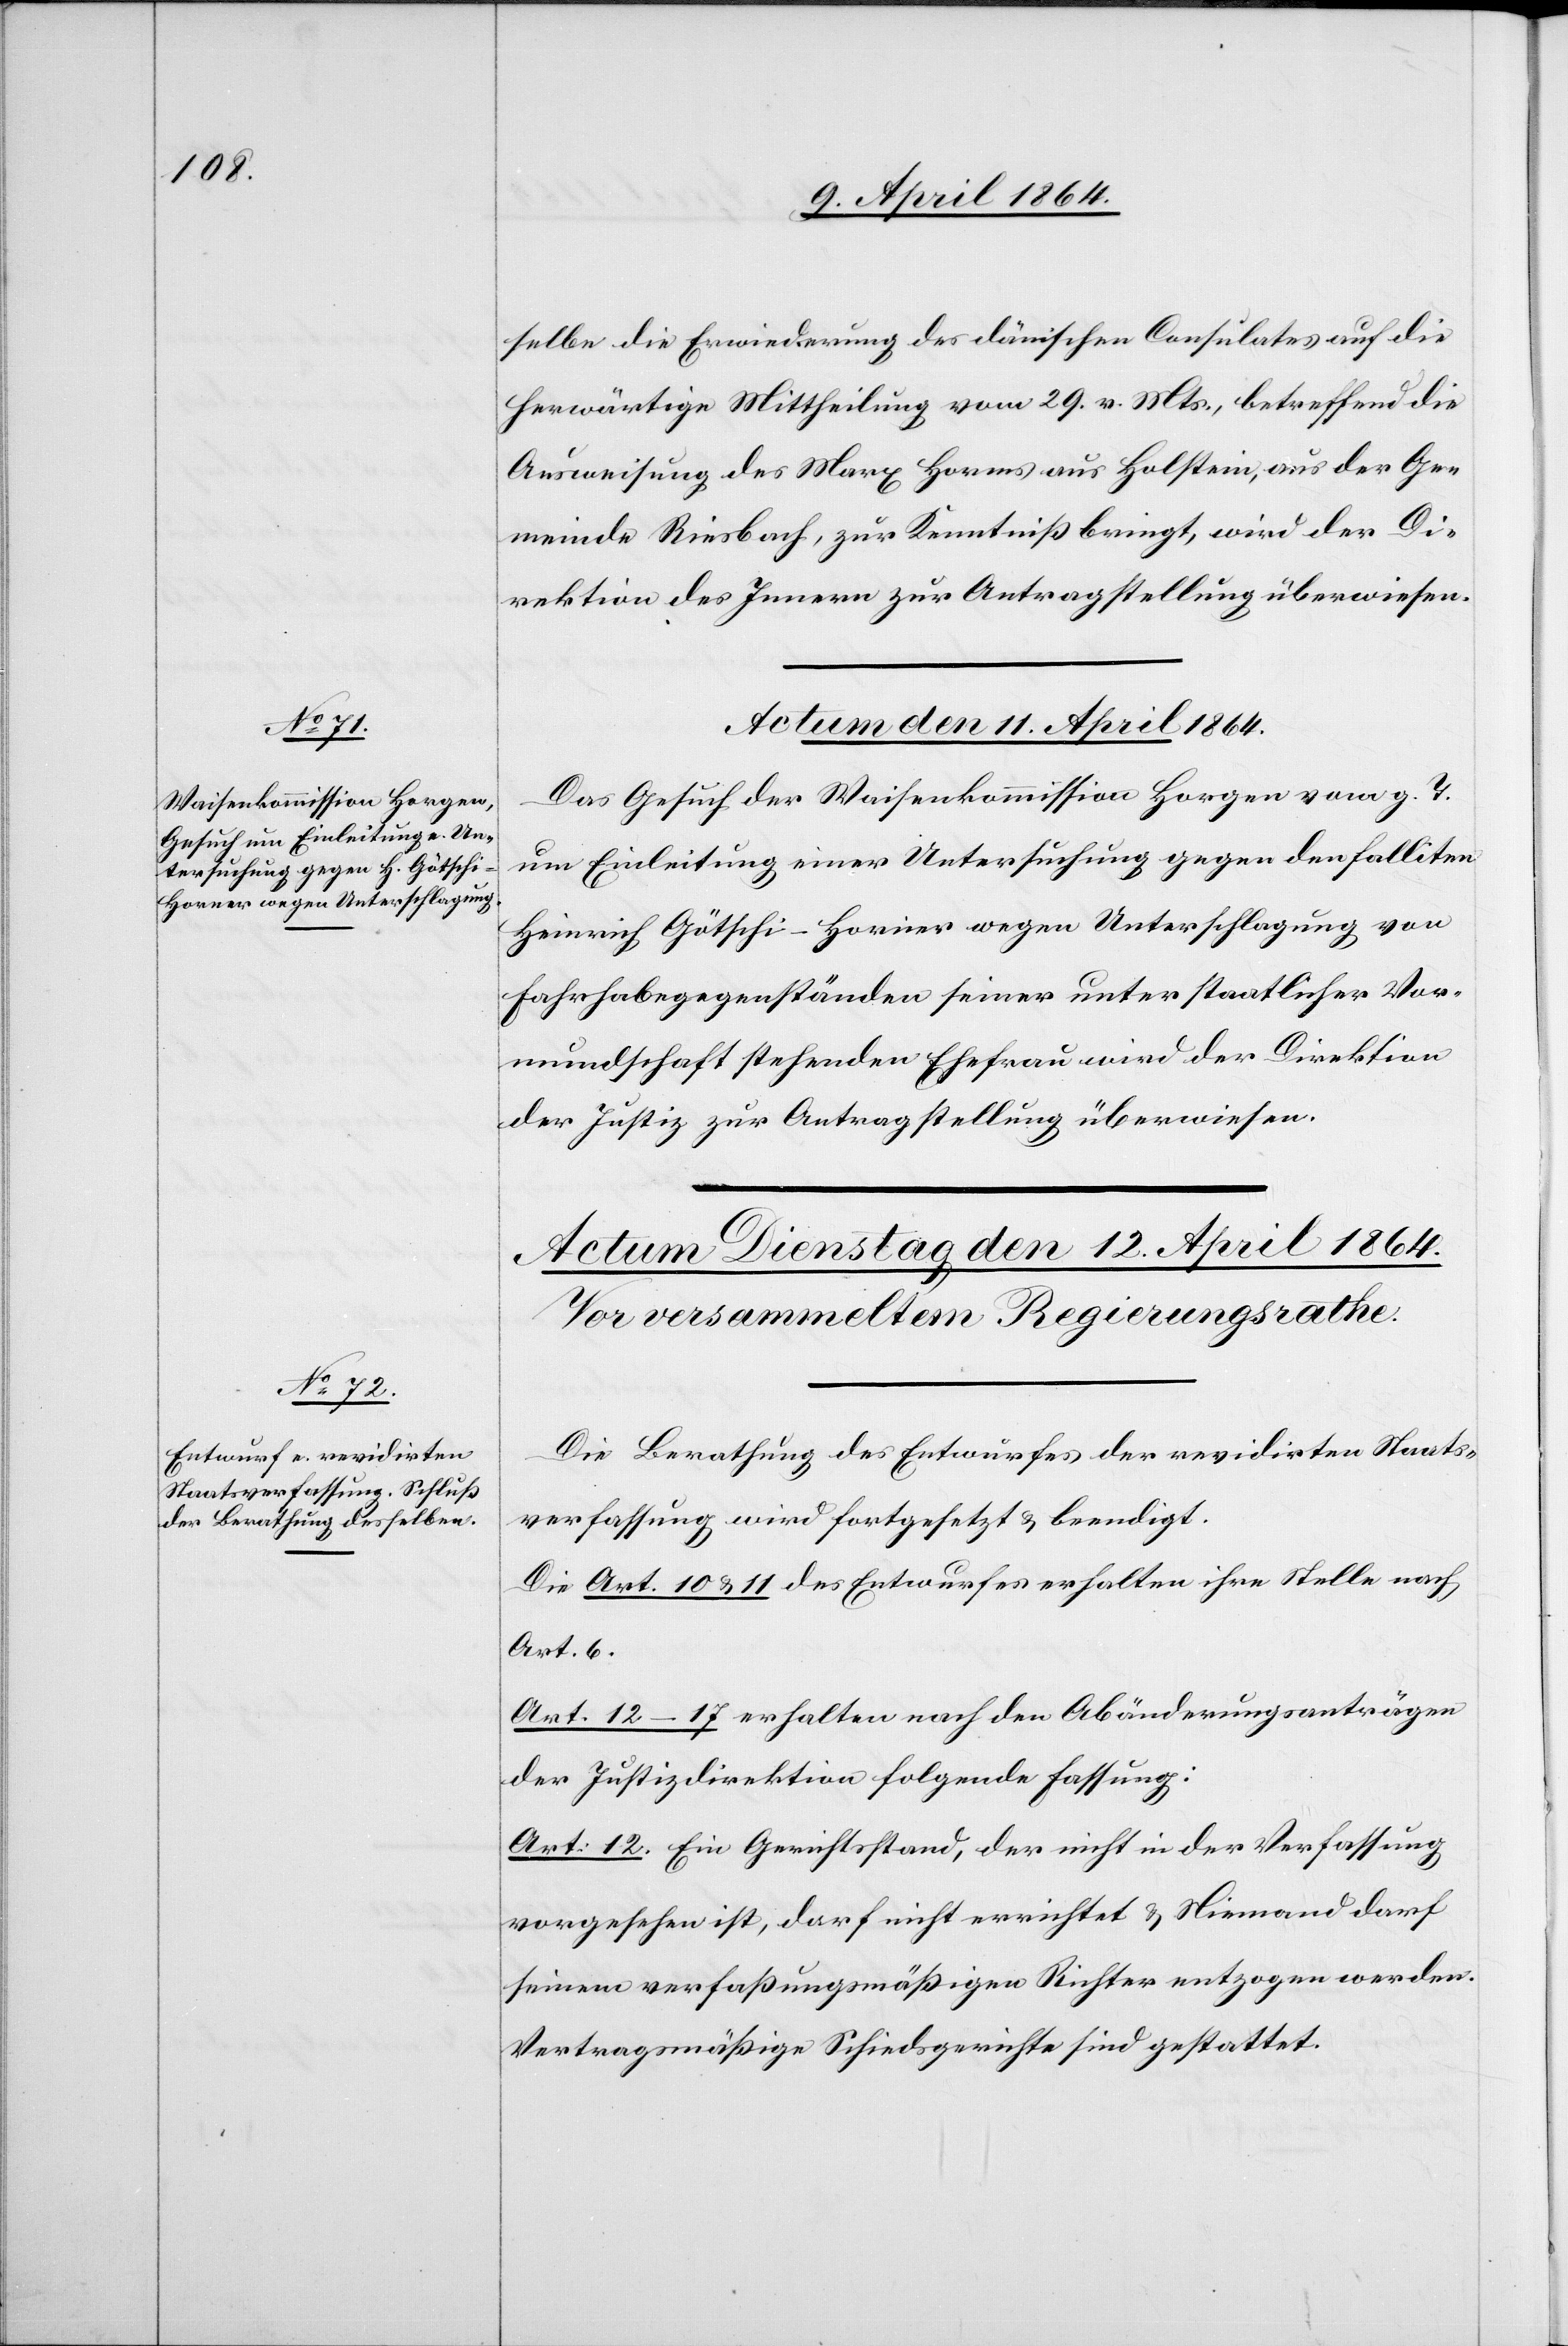
selbe die Erwiederung des dänischen Consulates auf die
herwärtige Mittheilung vom 29. v. Mts., betreffend die
Ausweisung des Marx Horms aus Holstein, aus der Ge¬
meinde Riesbach, zur Kenntniß bringt, wird der Di¬
rektion des Innern zur Antragstellung überwiesen.
Actum den 11. April 1864.
Das Gesuch der Waisenkommission Horgen vom g. T.
um Einleitung einer Untersuchung gegen den falliten
Heinrich Götschi-Horner wegen Unterschlagung von
Fahrhabegegenständen seiner unter staatlicher Vor¬
mundschaft stehenden Ehefrau wird der Direktion
der Justiz zur Antragstellung überwiesen.
Die Berathung des Entwurfes der revidirten Staats¬
verfassung wird fortgesetzt u. beendigt.
Die Art. 10 u. 11 des Entwurfes erhalten ihre Stelle nach
Art. 6.
Art. 12–17 erhalten nach den Abänderungsanträgen
der Justizdirektion folgende Fassung:
Art. 12. Ein Gerichtsstand, der nicht in der Verfassung
vorgesehen ist, darf nicht errichtet u. Niemand darf
seinem verfaßungsmäßigen Richter entzogen werden.
Vertragsmäßige Schiedsgerichte sind gestattet.